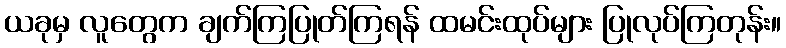
ယခုမှ လူတွေက ချက်ကြပြုတ်ကြရန် ထမင်းထုပ်များ ပြုလုပ်ကြတုန်း။